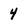
Character: 4